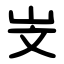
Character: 㞵